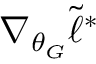
\nabla _ { \theta _ { G } } \tilde { \ell } ^ { * }